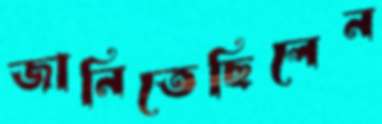
জানিতেছিলেন